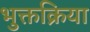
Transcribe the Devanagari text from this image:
भुक्तक्रिया